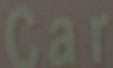
Car